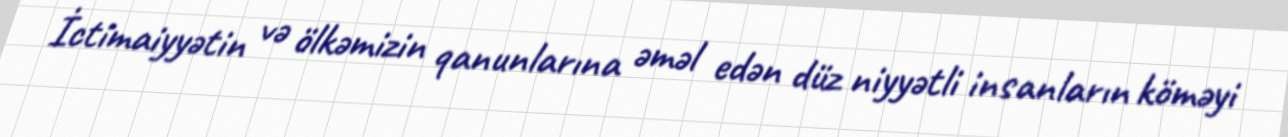
İctimaiyyətin və ölkəmizin qanunlarına əməl edən düz niyyətli insanların köməyi